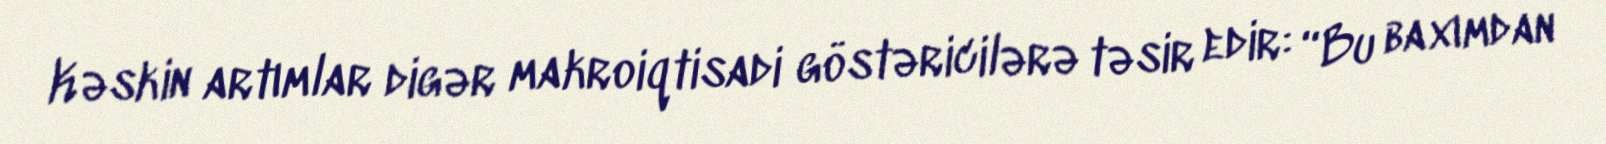
Kəskin artımlar digər makroiqtisadi göstəricilərə təsir edir: “Bu baxımdan